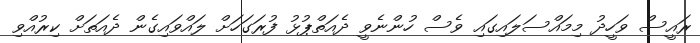
ރައީސް ވަހީދު މިމައްސަލައިގައި ވެސް ހުންނެވީ ދެއަތްޕުޅު ފުރަގަހަށް ލައްވައިގެން ދެއަތަށް ކިރުއްވި